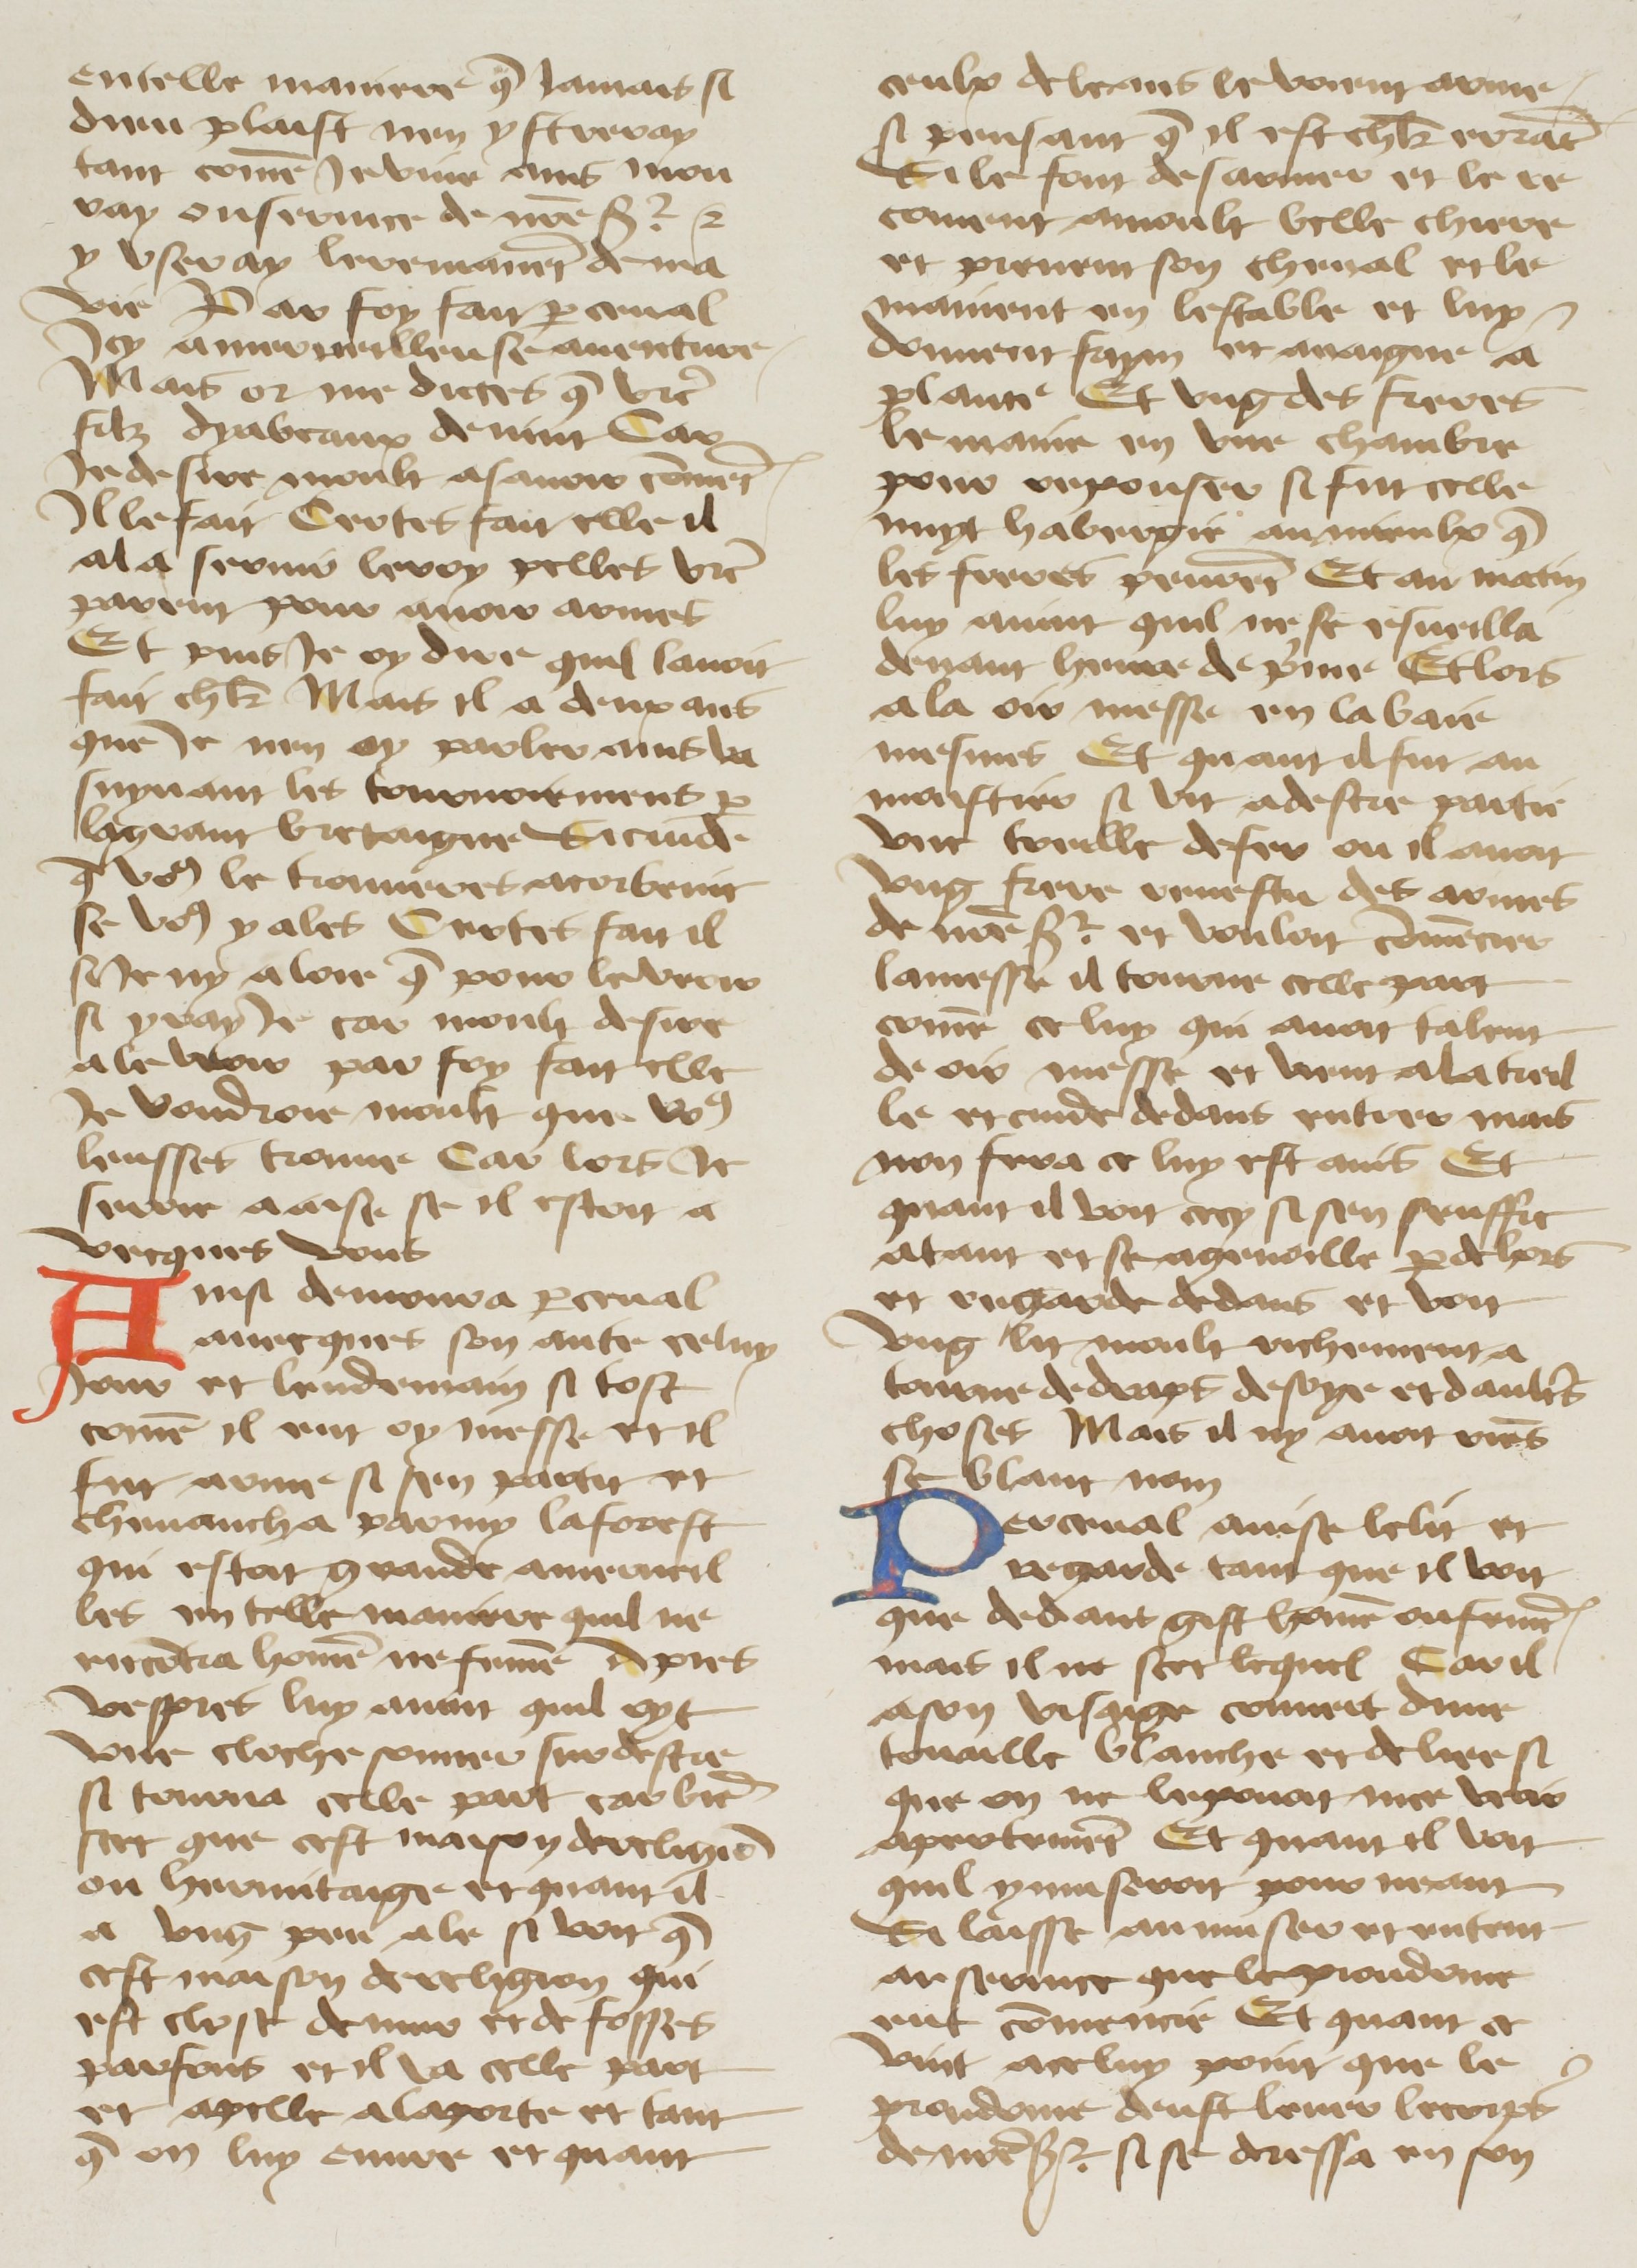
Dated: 1400–1499